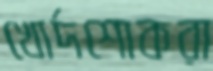
খোর্দশোকরা